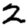
Digit: 2